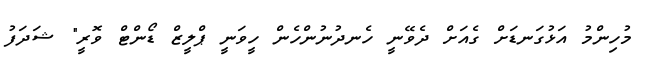
މުހިންމު އަޅުގަނޑަށް ގެއަށް ދެވޭނީ ހެނދުނުންހެން ހީވަނީ ޕްލީޒް ޑޯންޓް ވޮރީ" ޝަދަފު